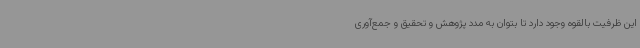
این ظرفیت بالقوه وجود دارد تا بتوان به مدد پژوهش و تحقیق و جمع‌آوری